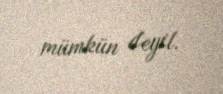
mümkün deyil.